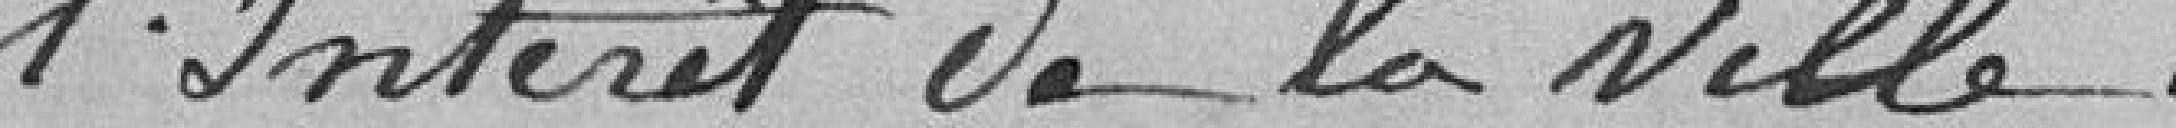
l'Intérêt de la ville.